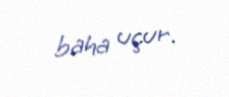
baha uçur.